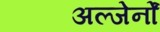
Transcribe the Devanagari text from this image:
अल्जेर्नों